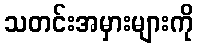
သတင်းအမှားများကို